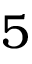
5